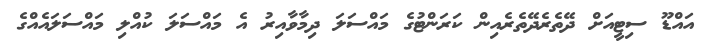
އައްޑޫ ސިޓީއަށް ދޭތެރެދޭތެރެއިން ކަރަންޓުގެ މައްސަލަ ދިމާވާއިރު އެ މައްސަލަ ކުއްލި މައްސަލައެއްގެ